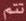
تتم